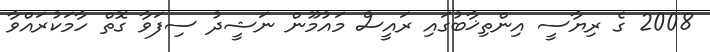
2008 ގެ ރިޔާސީ އިންތިޚާބުގައި ރައީސް މައުމޫން ނަޝީދު ސިފަވާ ގޮތް ހާމަކުރައްވާ